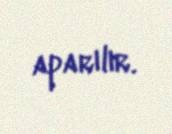
aparılır.